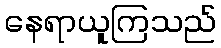
နေရာယူကြသည်